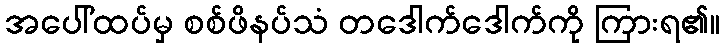
အပေါ်ထပ်မှ စစ်ဖိနပ်သံ တဒေါက်ဒေါက်ကို ကြားရ၏။